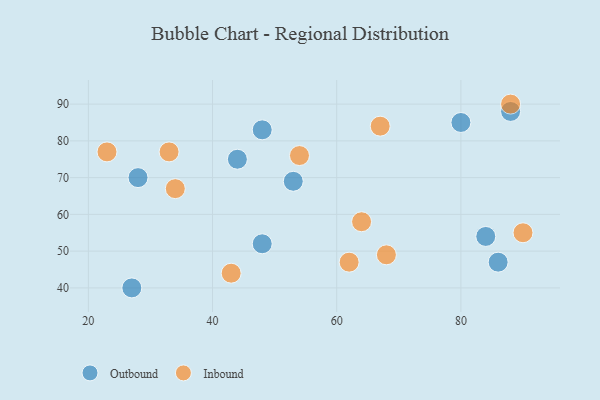
{"axis": {"x": "GDP", "y": "Life Expectancy"}, "legend": ["Inbound", "Outbound"], "data": [{"x": "27", "y": 40, "type": "Outbound"}, {"x": "48", "y": 52, "type": "Outbound"}, {"x": "48", "y": 83, "type": "Outbound"}, {"x": "88", "y": 88, "type": "Outbound"}, {"x": "53", "y": 69, "type": "Outbound"}, {"x": "28", "y": 70, "type": "Outbound"}, {"x": "44", "y": 75, "type": "Outbound"}, {"x": "84", "y": 54, "type": "Outbound"}, {"x": "80", "y": 85, "type": "Outbound"}, {"x": "86", "y": 47, "type": "Outbound"}, {"x": "34", "y": 67, "type": "Inbound"}, {"x": "43", "y": 44, "type": "Inbound"}, {"x": "64", "y": 58, "type": "Inbound"}, {"x": "67", "y": 84, "type": "Inbound"}, {"x": "68", "y": 49, "type": "Inbound"}, {"x": "62", "y": 47, "type": "Inbound"}, {"x": "54", "y": 76, "type": "Inbound"}, {"x": "90", "y": 55, "type": "Inbound"}, {"x": "33", "y": 77, "type": "Inbound"}, {"x": "23", "y": 77, "type": "Inbound"}, {"x": "88", "y": 90, "type": "Inbound"}]}